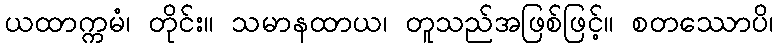
ယထာက္ကမံ၊ တိုင်း။ သမာနထာယ၊ တူသည်အဖြစ်ဖြင့်။ စတဿောပိ၊